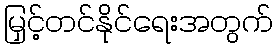
မြှင့်တင်နိုင်ရေးအတွက်